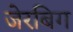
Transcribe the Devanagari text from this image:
जेरबिग